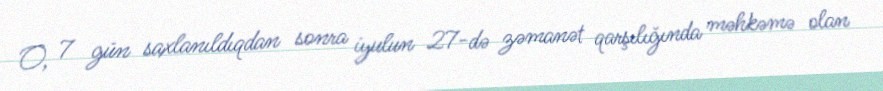
O, 7 gün saxlanıldıqdan sonra iyulun 27-də zəmanət qarşılığında məhkəmə olan